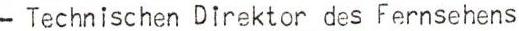
-Technischen Direktor des Fernsehens